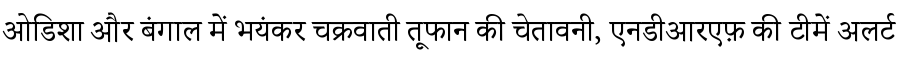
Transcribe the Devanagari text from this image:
ओडिशा और बंगाल में भयंकर चक्रवाती तूफान की चेतावनी, एनडीआरएफ़ की टीमें अलर्ट